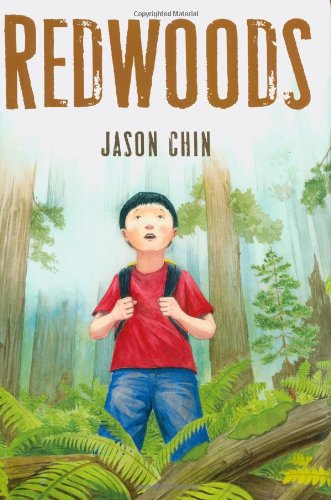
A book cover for Redwoods; Jason Chin; Children's Books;